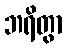
ဘရိတွာ